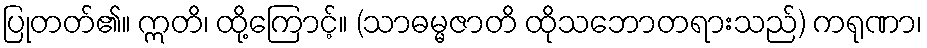
ပြုတတ်၏။ ဣတိ၊ ထို့ကြောင့်။ (သာဓမ္မဇာတိ ထိုသဘောတရားသည်) ကရုဏာ၊